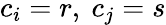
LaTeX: c_{i}=r,~c_{j}=s